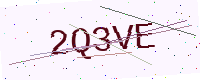
Text: 2Q3VE